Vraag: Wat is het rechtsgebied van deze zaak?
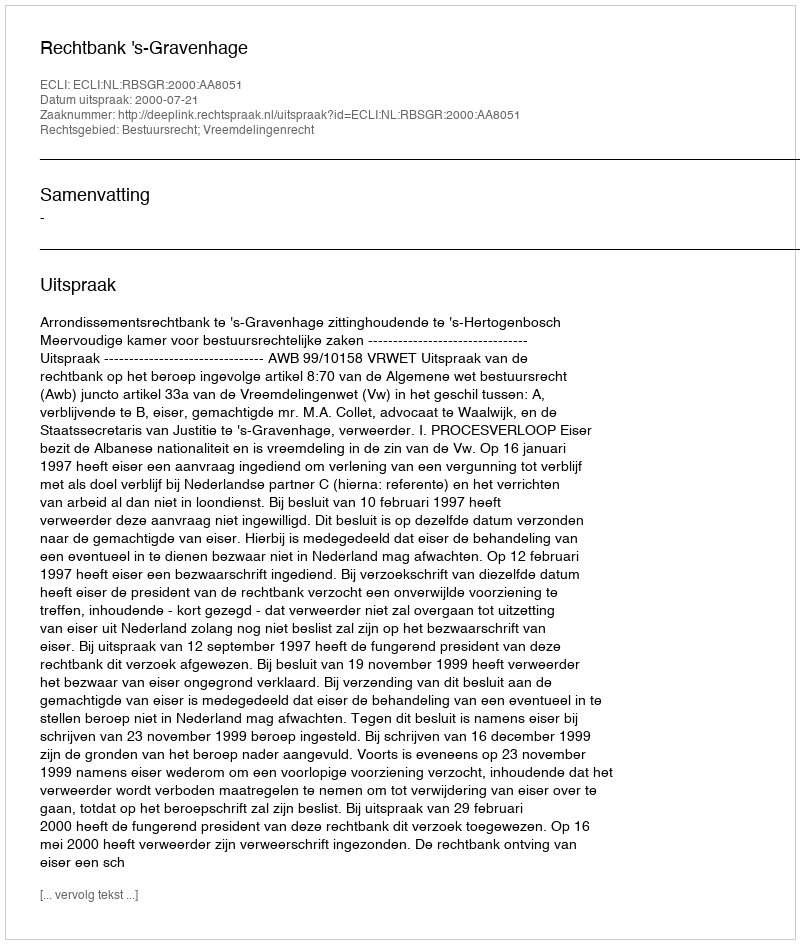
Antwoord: Bestuursrecht; Vreemdelingenrecht